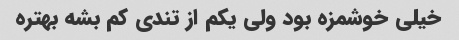
خیلی خوشمزه بود ولی یکم از تندی کم بشه بهتره